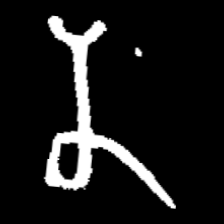
Pyu character \u2014 Myanmar letter: န (romanized: na)